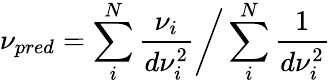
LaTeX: \nu_{pred}=\sum_{i}^{N}{\frac{\nu_{i}}{d\nu_{i}^{2}}}\bigg/\sum_{i}^{N}{\frac{1}{d\nu_{i}^{2}}}